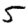
Digit: 5